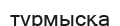
түрмысқа